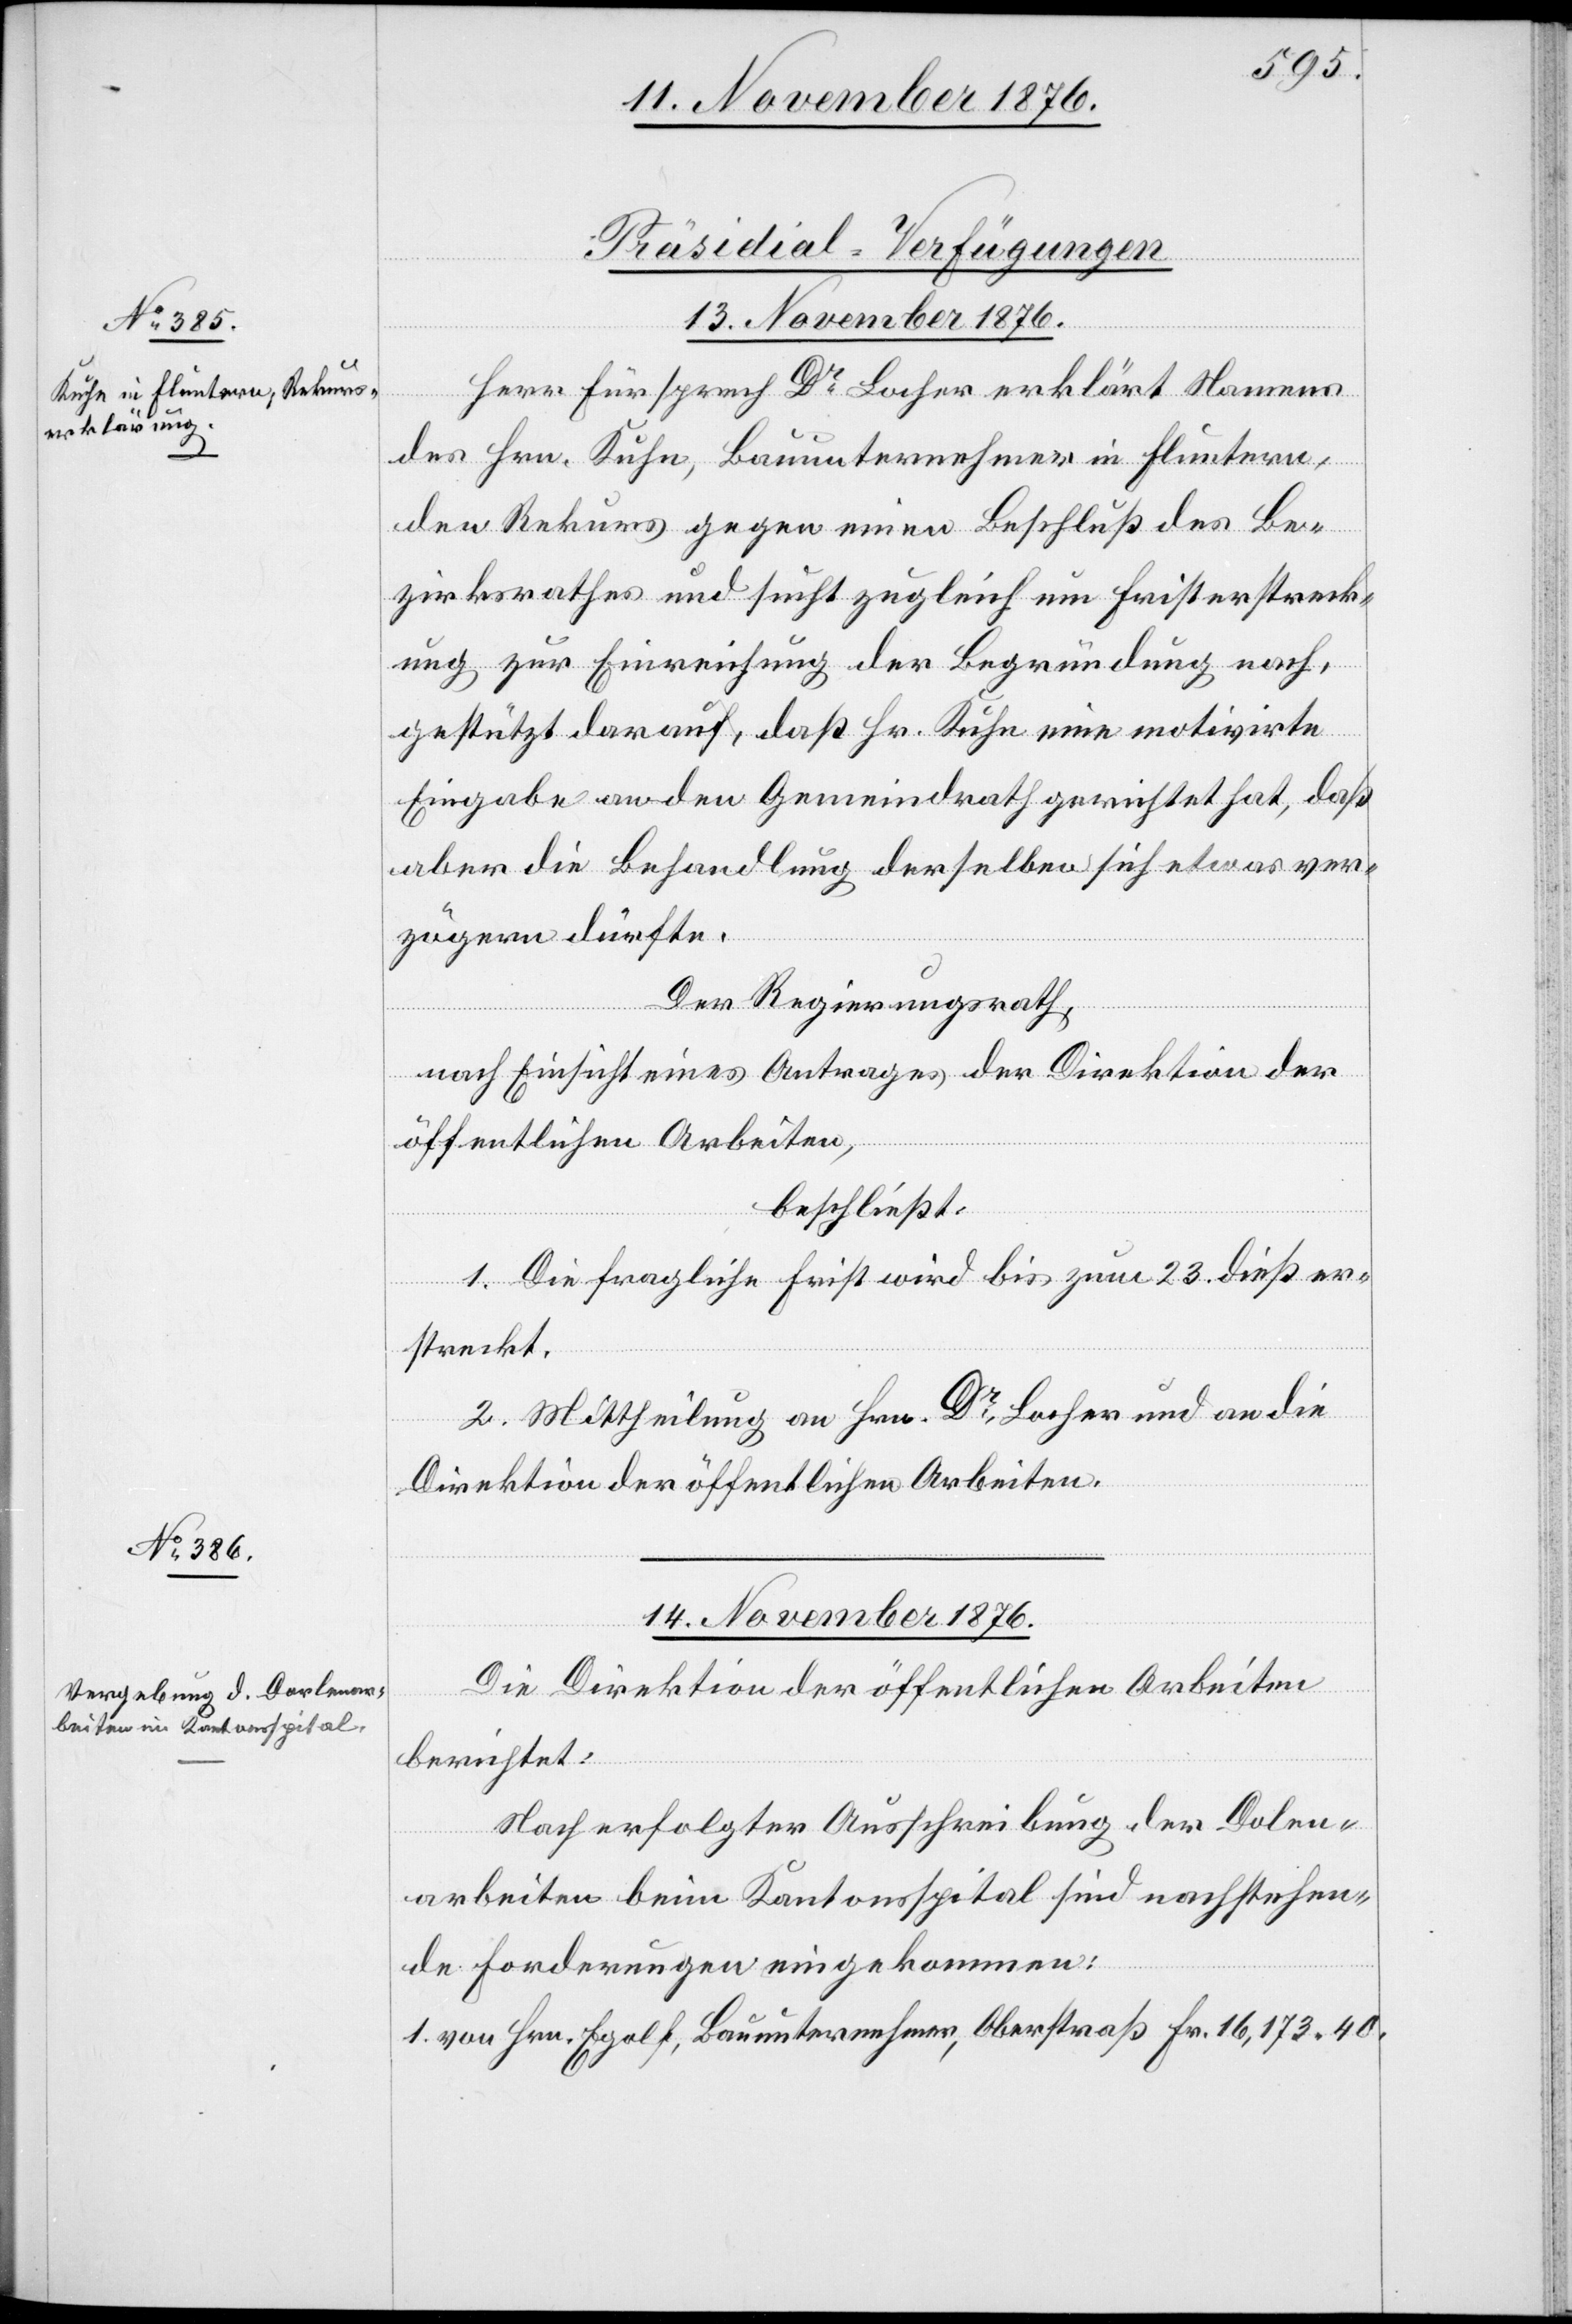
[Präsidial-Verfügungen
13. November 1876.]
Herr Fürsprech Dr Locher erklärt Namens
des Hrn. Kuhn, Bauunternehmer in Fluntern,
den Rekurs gegen einen Beschluß des Be¬
zirksrathes und sucht zugleich um Fristerstreck¬
ung zur Einreichung der Begründung nach,
gestützt darauf, daß Hr. Kuhn eine motivirte
Eingabe an den Gemeindrath gerichtet hat, daß
aber die Behandlung derselben sich etwas ver¬
zögern dürfte.
Der Regierungsrath,
nach Einsicht eines Antrages der Direktion der
öffentlichen Arbeiten,
beschließt:
1. Die fragliche Frist wird bis zum 23. dieß er¬
streckt.
2. Mittheilung an Hrn. Dr Locher und an die
Direktion der öffentlichen Arbeiten.
Die Direktion der öffentlichen Arbeiten
berichtet:
Nach erfolgter Ausschreibung der Dolen¬
arbeiten beim Kantonsspital sind nachstehen¬
de Forderungen eingekommen: